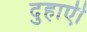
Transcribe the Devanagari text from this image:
दुहाएी